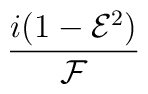
\frac{i(1-{\mathcal{E}}^{2})}{{\mathcal{F}}}